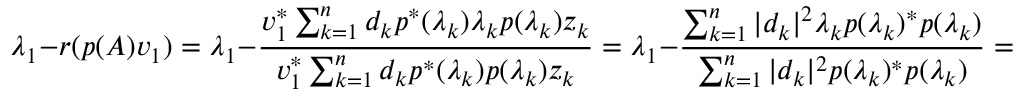
\lambda _ { 1 } - r ( p ( A ) v _ { 1 } ) = \lambda _ { 1 } - { \frac { v _ { 1 } ^ { * } \sum _ { k = 1 } ^ { n } d _ { k } p ^ { * } ( \lambda _ { k } ) \lambda _ { k } p ( \lambda _ { k } ) z _ { k } } { v _ { 1 } ^ { * } \sum _ { k = 1 } ^ { n } d _ { k } p ^ { * } ( \lambda _ { k } ) p ( \lambda _ { k } ) z _ { k } } } = \lambda _ { 1 } - { \frac { \sum _ { k = 1 } ^ { n } | d _ { k } | ^ { 2 } \lambda _ { k } p ( \lambda _ { k } ) ^ { * } p ( \lambda _ { k } ) } { \sum _ { k = 1 } ^ { n } | d _ { k } | ^ { 2 } p ( \lambda _ { k } ) ^ { * } p ( \lambda _ { k } ) } } = { \frac { \sum _ { k = 1 } ^ { n } | d _ { k } | ^ { 2 } ( \lambda _ { 1 } - \lambda _ { k } ) \left| p ( \lambda _ { k } ) \right| ^ { 2 } } { \sum _ { k = 1 } ^ { n } | d _ { k } | ^ { 2 } \left| p ( \lambda _ { k } ) \right| ^ { 2 } } } .